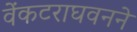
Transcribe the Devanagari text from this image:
वेंकटराघवनने